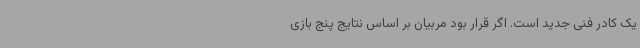
یک کادر فنی جدید است. اگر قرار بود مربیان بر اساس نتایج پنج بازی